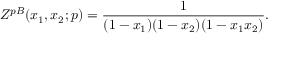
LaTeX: { \cal Z } ^ { p B } ( x _ { 1 } , x _ { 2 } ; p ) = \frac { 1 } { ( 1 - x _ { 1 } ) ( 1 - x _ { 2 } ) ( 1 - x _ { 1 } x _ { 2 } ) } .